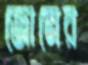
জোনের